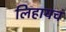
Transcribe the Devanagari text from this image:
लिहायचं